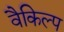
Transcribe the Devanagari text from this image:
वैकिल्प